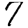
Digit: 7